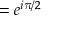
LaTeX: = e ^ { i \pi / 2 }